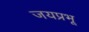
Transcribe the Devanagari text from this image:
जयप्रभू